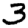
Digit: 3